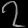
Digit: ၇